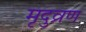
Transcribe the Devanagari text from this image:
मृदुव्रण